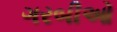
ગરબીઓ